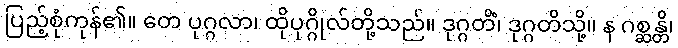
ပြည့်စုံကုန်၏။ တေ ပုဂ္ဂလာ၊ ထိုပုဂ္ဂိုလ်တို့သည်။ ဒုဂ္ဂတိံ၊ ဒုဂ္ဂတိသို့။ န ဂစ္ဆန္တိ၊